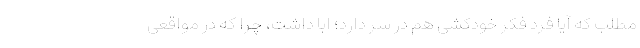
مطلب که آیا فرد فکر خودکشی هم در سر دارد؛ ابا داشت، چرا که در مواقعی